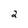
Character: 2